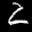
Label: 2